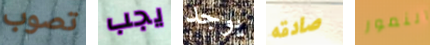
تصوب يجب يوجد صادقه النمور